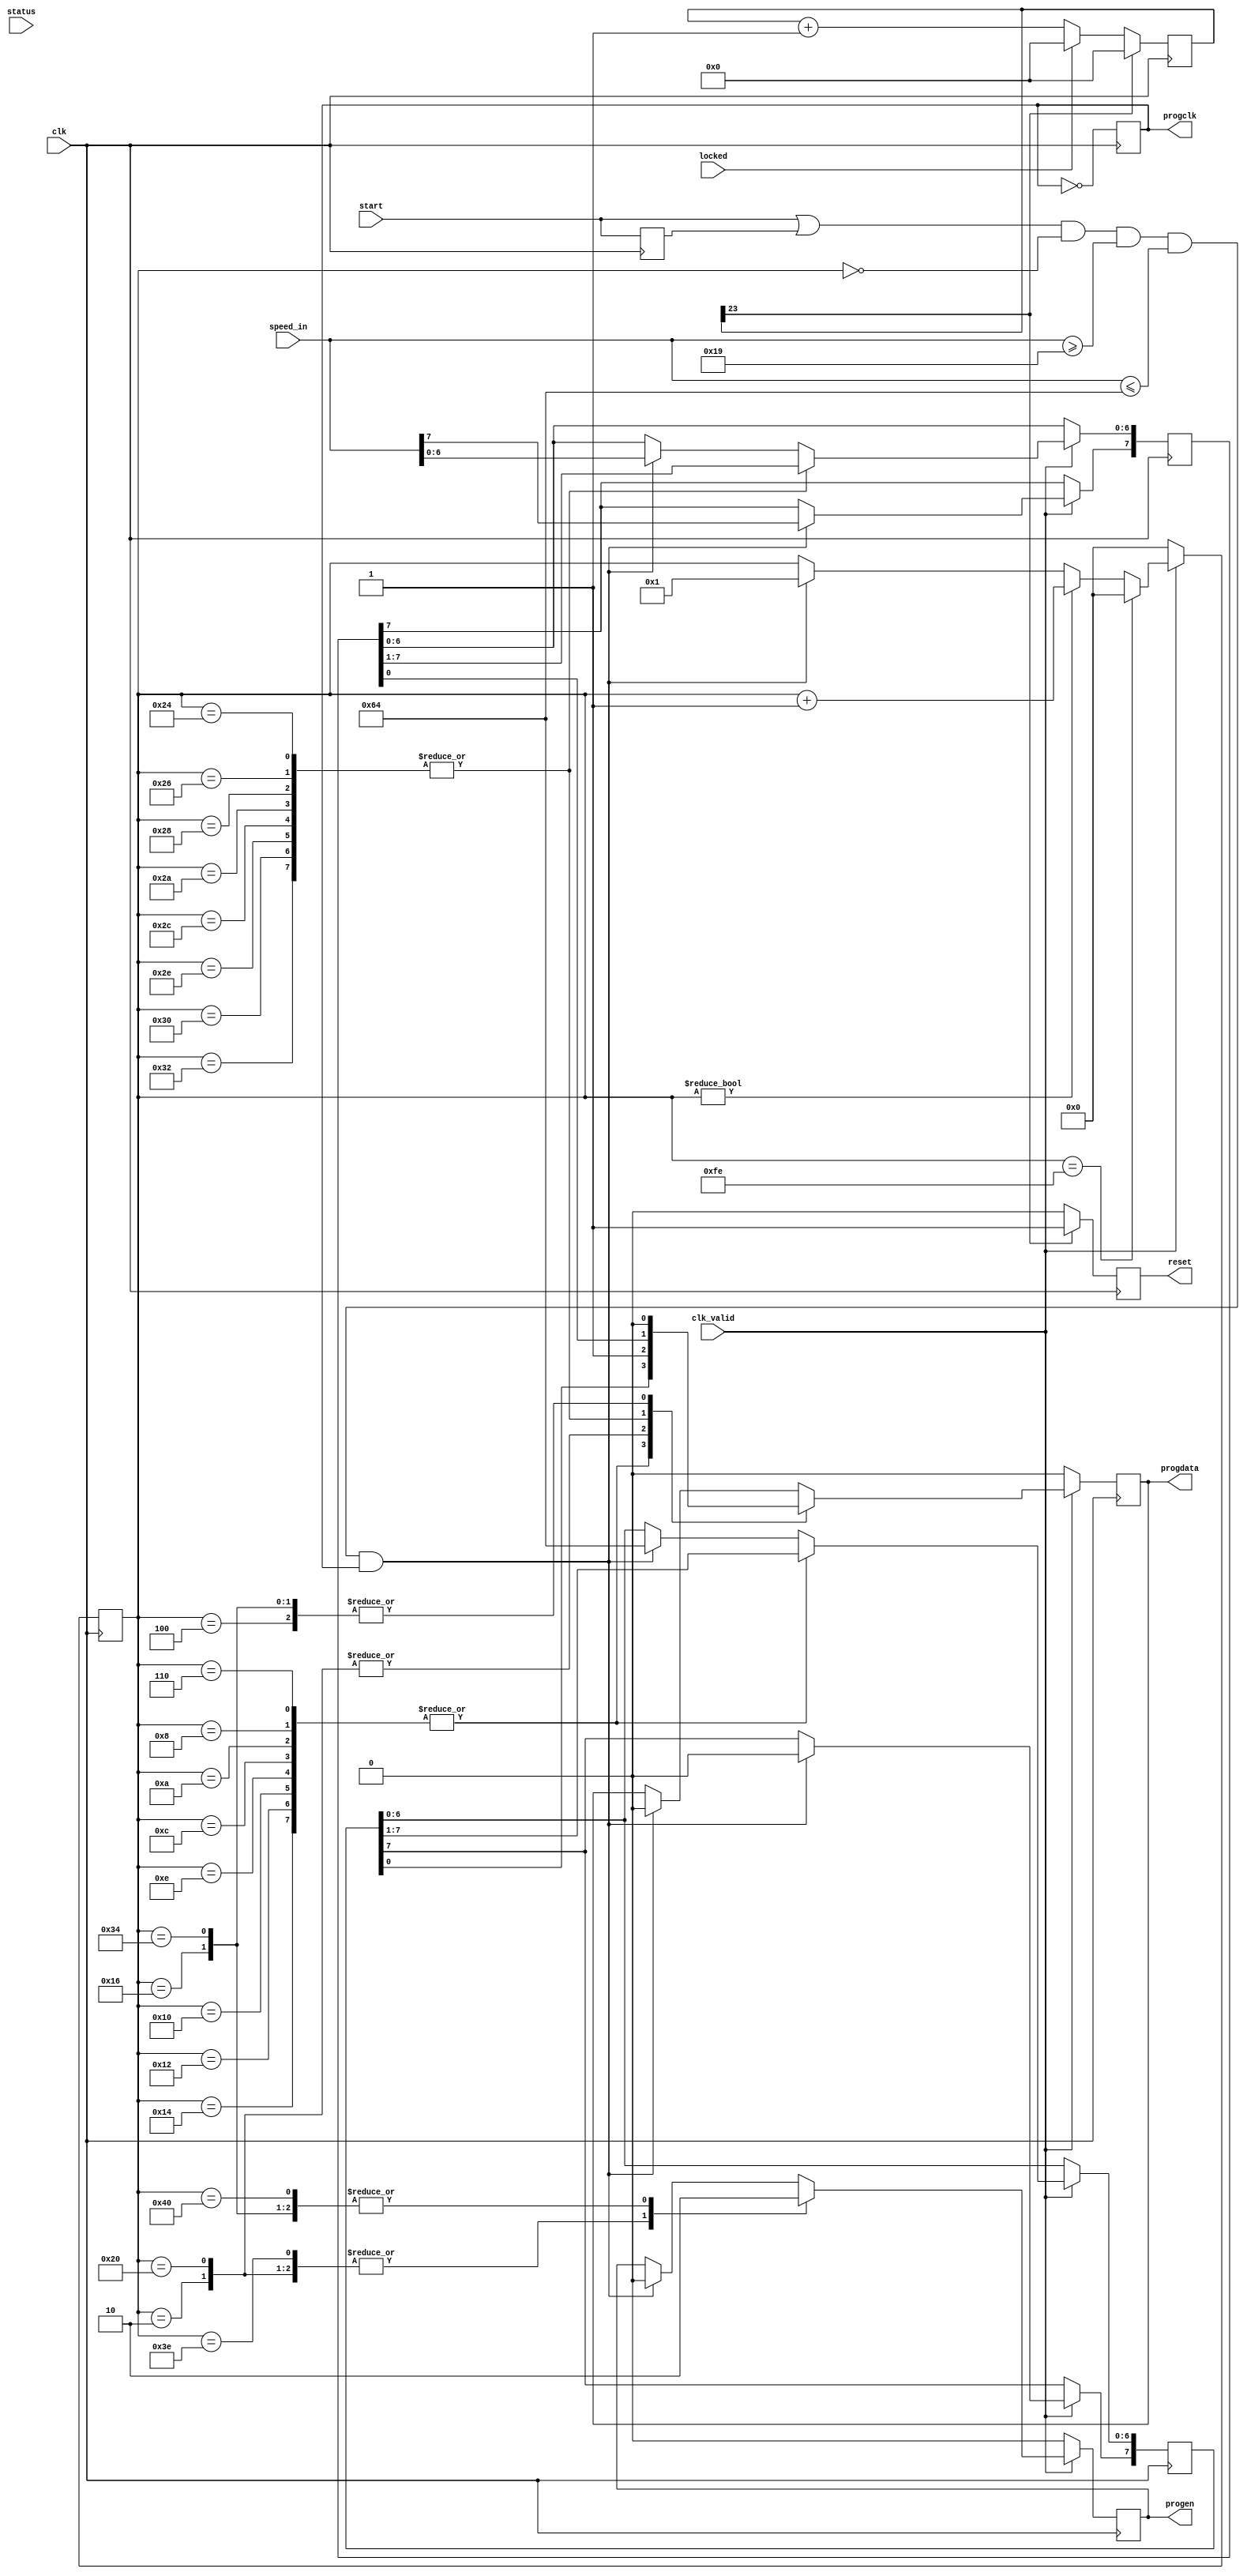
module dyn_pll_ctrl # (parameter SPEED_MHZ = 25, parameter SPEED_LIMIT = 100, parameter SPEED_MIN = 25, parameter OSC_MHZ = 100)
	(clk,
	clk_valid,
	speed_in,
	start,
	progclk,
	progdata,
	progen,
	reset,
	locked,
	status);
	input clk;				
	input clk_valid;		
	input [7:0] speed_in;
	input start;
	output reg progclk = 0;
	output reg progdata = 0;
	output reg progen = 0;
	output reg reset = 0;
	input locked;
	input [2:1] status;
	reg [23:0] watchdog = 0;
	reg [7:0] state = 0;
	reg [7:0] dval = OSC_MHZ;	
	reg [7:0] mval = SPEED_MHZ;
	reg start_d1 = 0;
	always @ (posedge clk)
	begin
		progclk <= ~progclk;
		start_d1 <= start;
		reset <= 1'b0;
		if (locked)
			watchdog <= 0;
		else
			watchdog <= watchdog + 1'b1;
		if (watchdog[23])		
		begin					
			watchdog <= 0;
			reset <= 1'b1;		
		end
		if (~clk_valid)			
		begin
			progen <= 0;
			progdata <= 0;
			state <= 0;
		end
		else
		begin
			if ((start || start_d1) && state==0 && speed_in >= SPEED_MIN && speed_in <= SPEED_LIMIT && progclk==1)	
			begin
				progen <= 0;
				progdata <= 0;
				mval <= speed_in;
				dval <= OSC_MHZ;
				state <= 1;
			end
			if (state != 0)
				state <= state + 1'd1;
			case (state)		
				2: begin
					progen <= 1;
					progdata <= 1;
				end
				4: begin
					progdata <= 0;
				end
				6,8,10,12,14,16,18,20: begin
					progdata <= dval[0];
					dval[6:0] <= dval[7:1];
				end
				22: begin
					progen <= 0;
					progdata <= 0;
				end
				32: begin
					progen <= 1;
					progdata <= 1;
				end
				36,38,40,42,44,46,48,50: begin
					progdata <= mval[0];
					mval[6:0] <= mval[7:1];
				end
				52: begin
					progen <= 0;
					progdata <= 0;
				end
				62: begin
					progen <= 1;
				end
				64: begin
					progen <= 0;
				end
				254: begin
					state <= 0;
				end
			endcase
		end
	end
endmodule